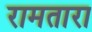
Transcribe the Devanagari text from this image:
रामतारा